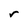
Character: r